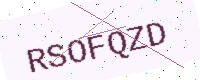
Text: RSOFQZD